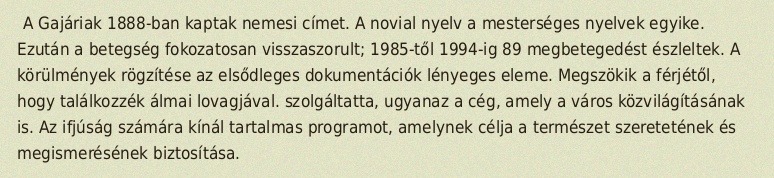
A Gajáriak 1888-ban kaptak nemesi címet. A novial nyelv a mesterséges nyelvek egyike. Ezután a betegség fokozatosan visszaszorult; 1985-től 1994-ig 89 megbetegedést észleltek. A körülmények rögzítése az elsődleges dokumentációk lényeges eleme. Megszökik a férjétől, hogy találkozzék álmai lovagjával. szolgáltatta, ugyanaz a cég, amely a város közvilágításának is. Az ifjúság számára kínál tartalmas programot, amelynek célja a természet szeretetének és megismerésének biztosítása.